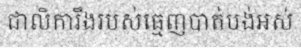
ជាលិការឹងរបស់ធ្មេញបាត់បង់អស់